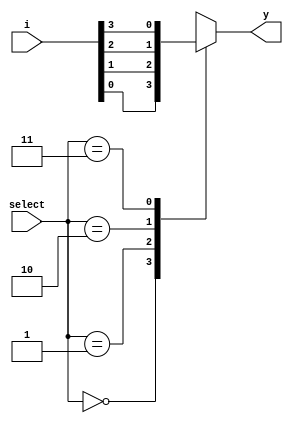
module mux4x1(input [3:0]i,
              input [1:0]select,
              output reg y);
  
  
  always@*
    case(select)
      
      2'b00: y=i[0];
      2'b01: y=i[1];
      2'b10: y=i[2];
      2'b11: y=i[3];
      
    endcase
endmodule